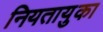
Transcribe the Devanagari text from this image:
नियतायुका